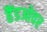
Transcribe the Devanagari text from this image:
हैंडओवर